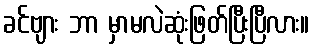
ခင်ဗျား ဘာ မှာမလဲဆုံးဖြတ်ပြီးပြီလား။